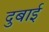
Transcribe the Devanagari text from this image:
दुबाई